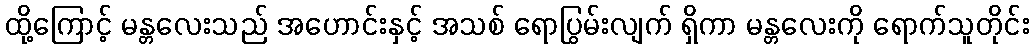
ထို့ကြောင့် မန္တလေးသည် အဟောင်းနှင့် အသစ် ရောပြွမ်းလျက် ရှိကာ မန္တလေးကို ရောက်သူတိုင်း